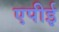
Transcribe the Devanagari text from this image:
एपीई